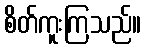
စိတ်ကူးကြသည်။